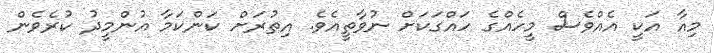
މިއާ އަކީ އެއްވެސް މީހެއްގެ ހައްގަކަށް ނުވާތީއެވެ. އިތުރަށް ކަންކަމާ އުންމީދު ކުރެވެން